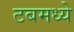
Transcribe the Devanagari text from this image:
टबमध्ये